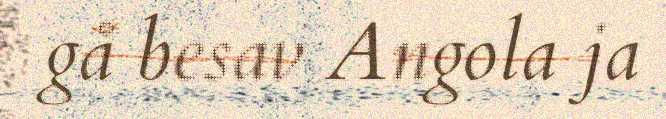
gå besav Angola ja